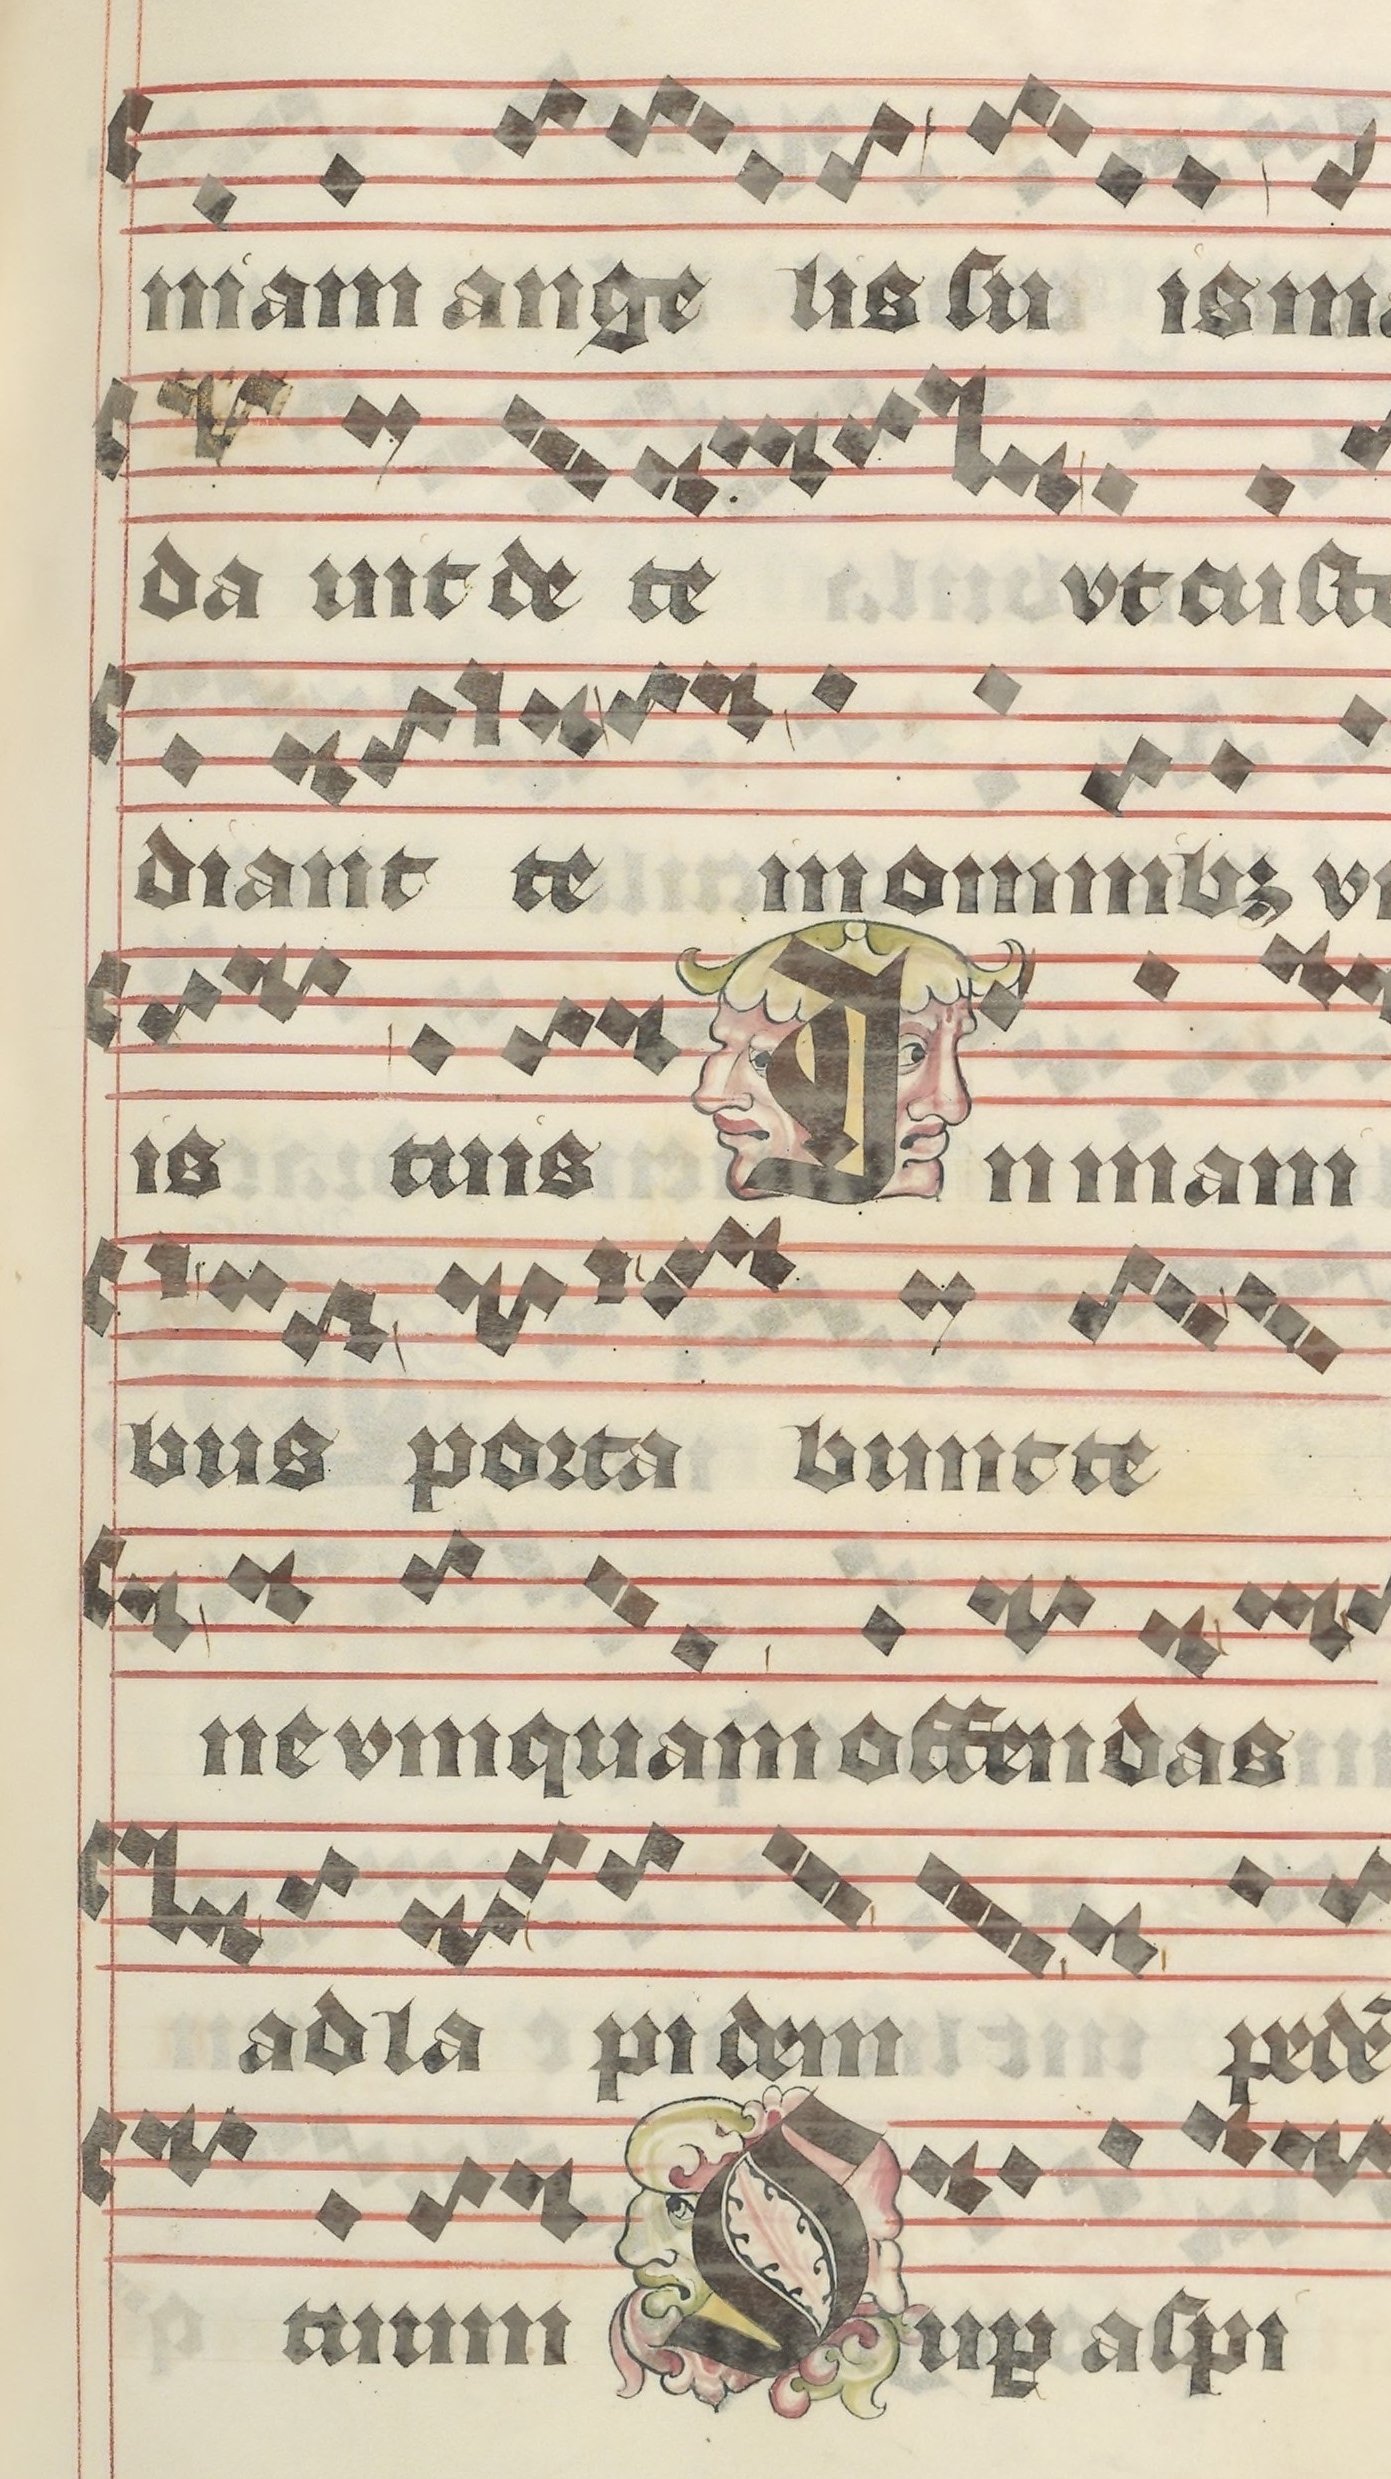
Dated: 1395–1425